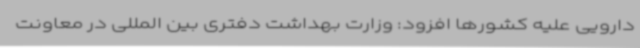
دارویی علیه کشورها افزود: وزارت بهداشت دفتری بین المللی در معاونت